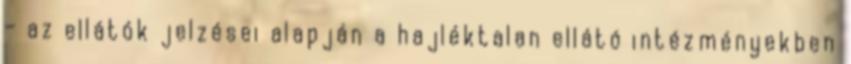
– az ellátók jelzései alapján a hajléktalan ellátó intézményekben